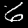
Digit: 6